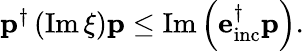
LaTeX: \begin{array}{r}{\mathbf{p}^{\dagger}\left(\operatorname{Im}\xi\right)\mathbf{p}\leq\operatorname{Im}\left(\mathbf{e}_{\mathrm{inc}}^{\dagger}\mathbf{p}\right).}\end{array}